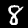
Label: 8